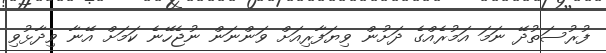
ފުރުސަތުދޭ ނަމަ އަމުރެއްގެ ދަށުން ވިޔަފާރިއަށް ވަންނަން ނުޖެހޭނެ ކަމަށް އޭނާ ވިދާޅުވި